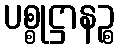
ပစ္စုဋ္ဌာနဉ္စ